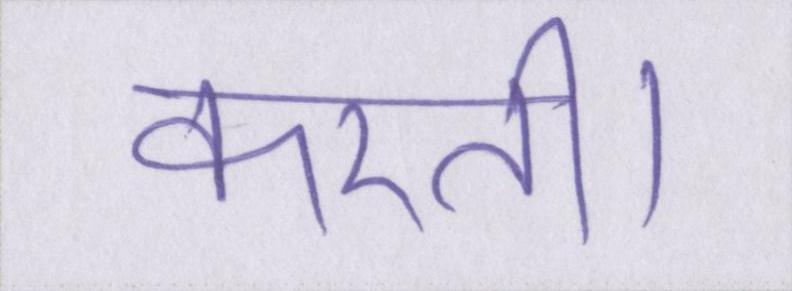
करती।